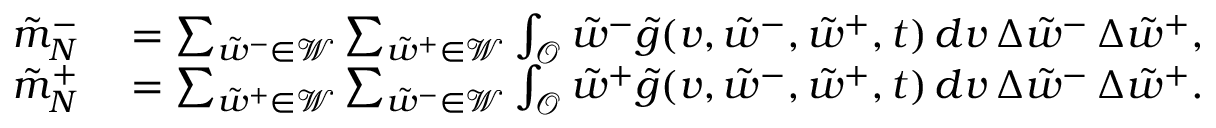
\begin{array} { r l } { \tilde { m } _ { N } ^ { - } } & { { } = \sum _ { \tilde { w } ^ { - } \in \mathcal { W } } \sum _ { \tilde { w } ^ { + } \in \mathcal { W } } \int _ { \mathcal { O } } \tilde { w } ^ { - } \tilde { g } ( v , \tilde { w } ^ { - } , \tilde { w } ^ { + } , t ) \, d v \, \Delta { \tilde { w } } ^ { - } \, \Delta { \tilde { w } } ^ { + } , } \\ { \tilde { m } _ { N } ^ { + } } & { { } = \sum _ { \tilde { w } ^ { + } \in \mathcal { W } } \sum _ { \tilde { w } ^ { - } \in \mathcal { W } } \int _ { \mathcal { O } } \tilde { w } ^ { + } \tilde { g } ( v , \tilde { w } ^ { - } , \tilde { w } ^ { + } , t ) \, d v \, \Delta { \tilde { w } } ^ { - } \, \Delta { \tilde { w } } ^ { + } . } \end{array}